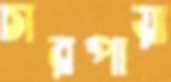
চারপায়া